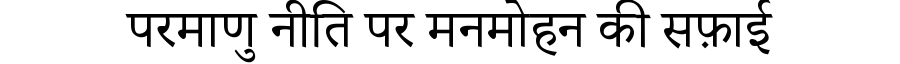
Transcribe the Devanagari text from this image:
परमाणु नीति पर मनमोहन की सफ़ाई